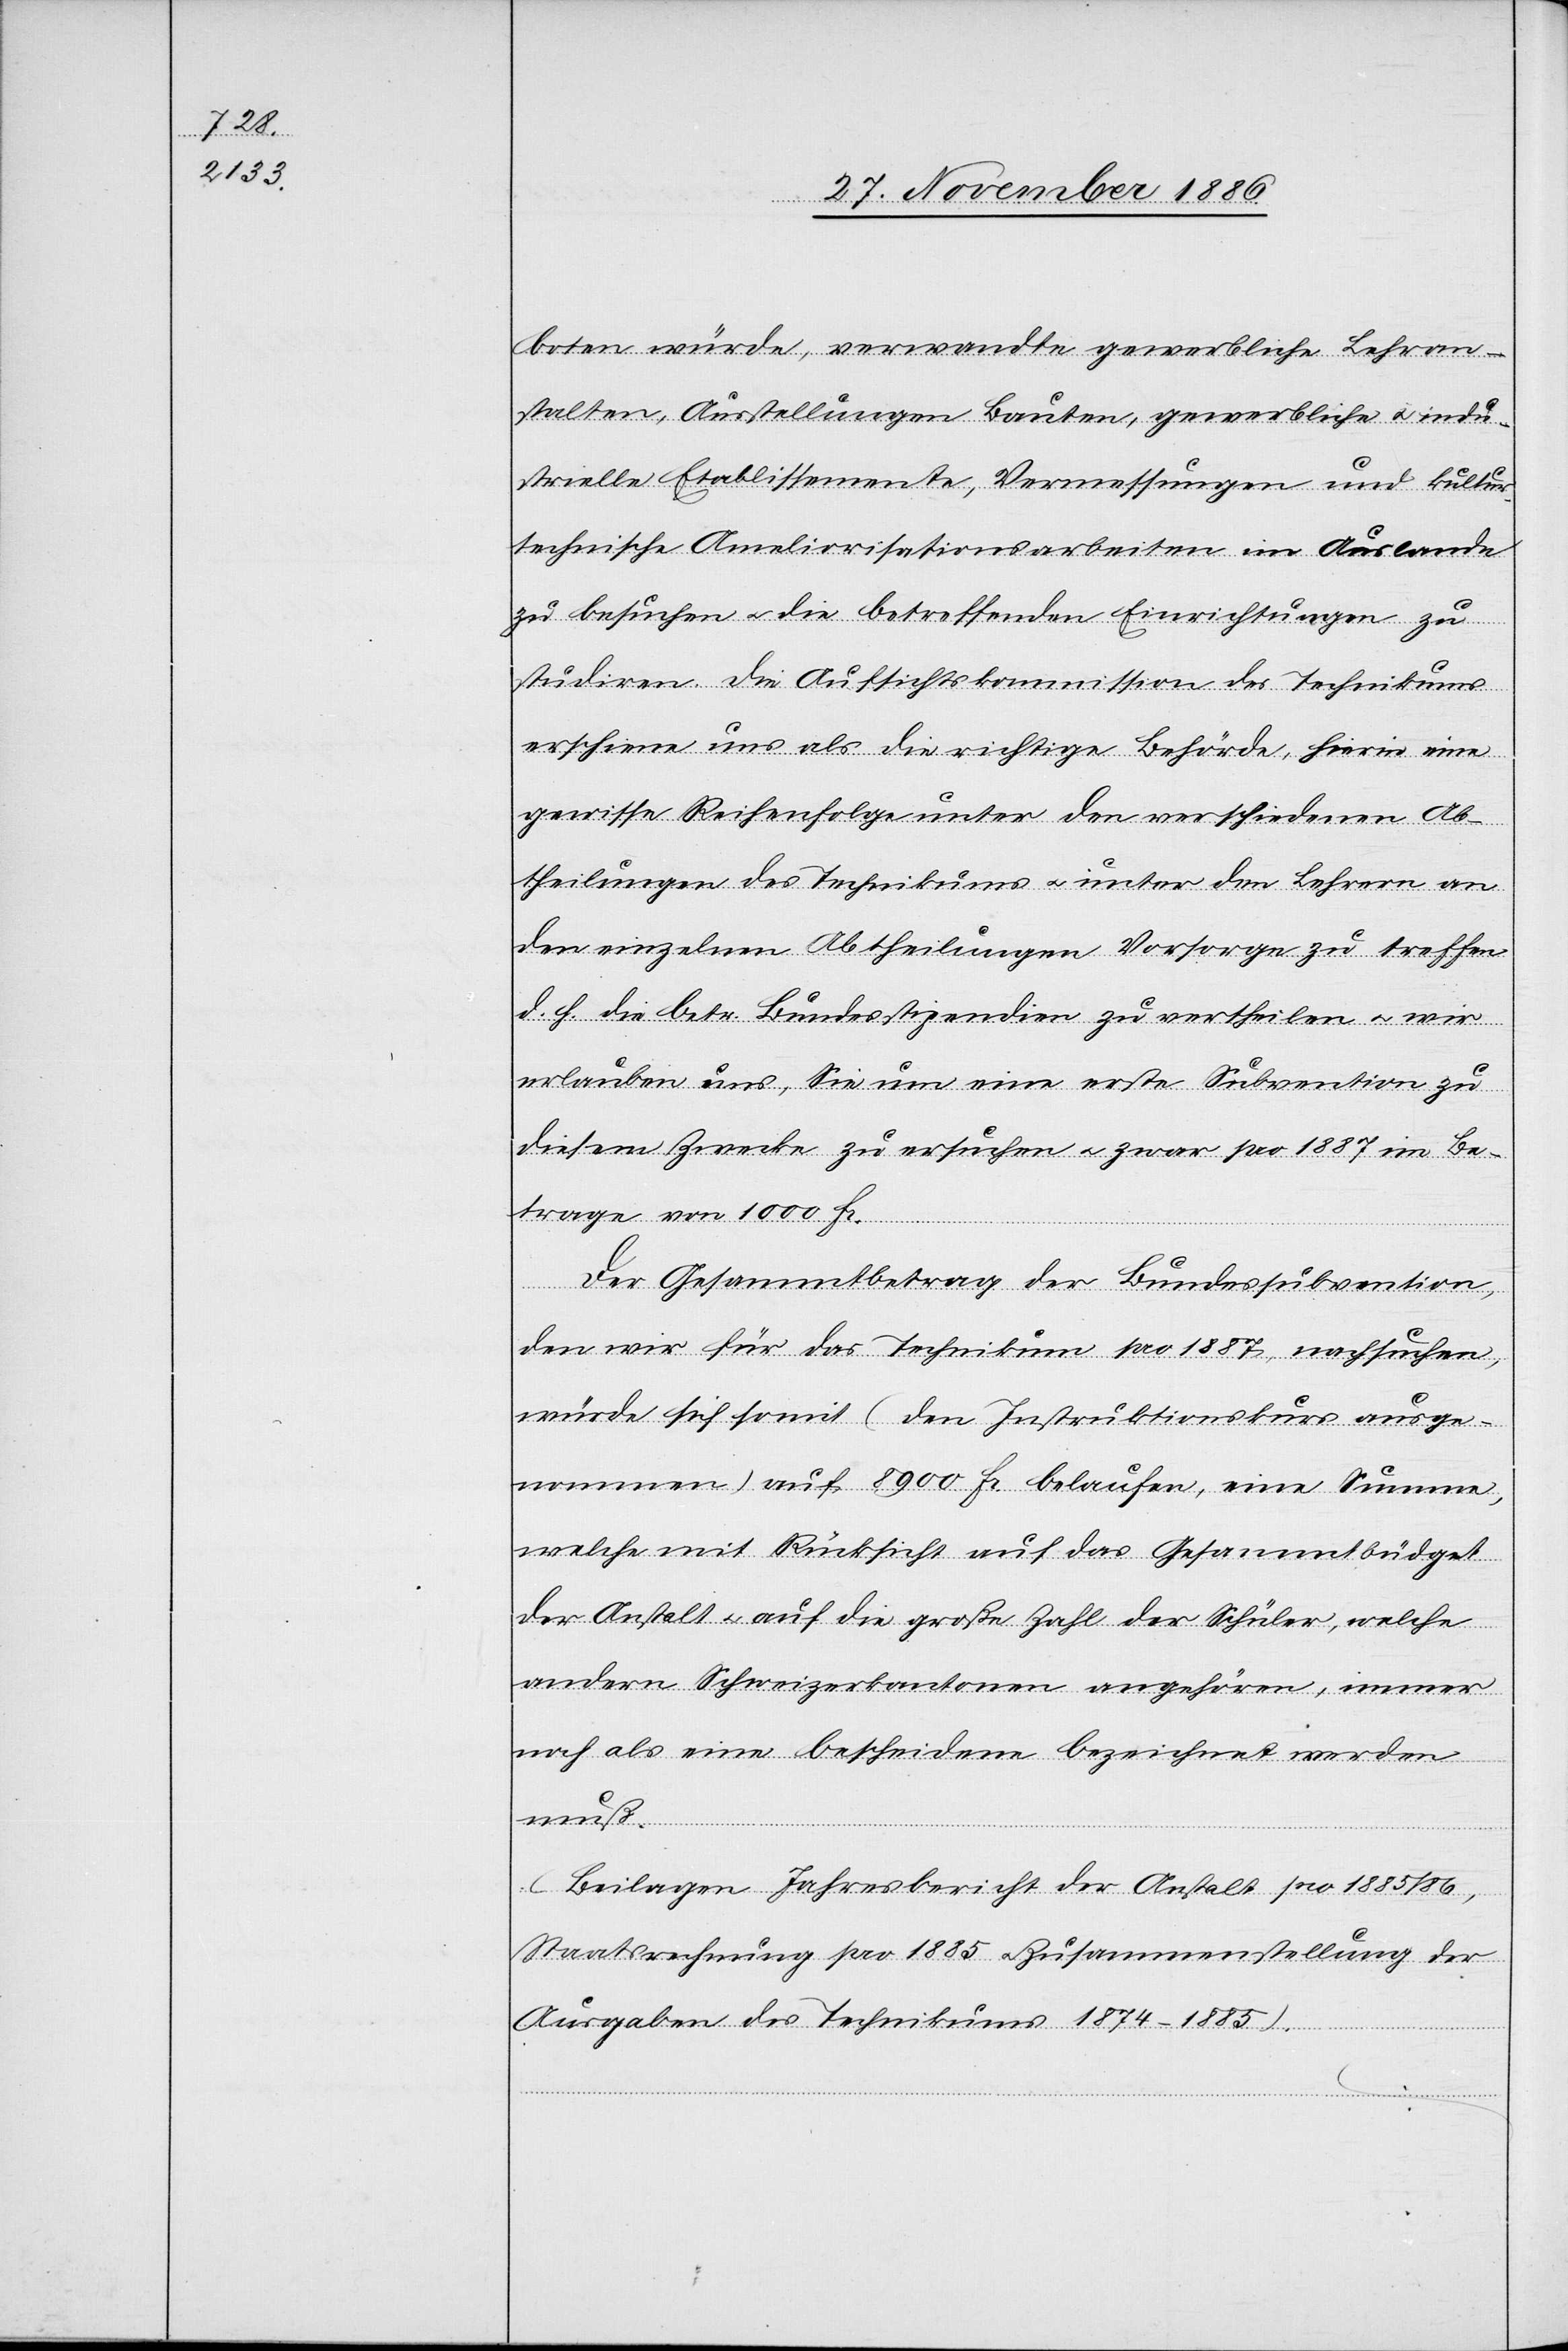
boten würde, verwandte gewerbliche Lehran¬
stalten, Ausstellungen[,] Bauten, gewerbliche & indu¬
strielle Etablissemente, Vermessungen und kultur¬
technische Ameliorisationsarbeiten im Auslande
zu besuchen & die betreffenden Einrichtungen zu
studiren. Die Aufsichtskommission des Technikums
erschiene uns als die richtige Behörde, hierin eine
gewisse Reihenfolge unter den verschiedenen Ab¬
theilungen des Technikums & unter den Lehrern an
den einzelnen Abtheilungen Vorsorge zu treffen
d. h. die betr. Bundesstipendien zu vertheilen & wir
erlauben uns, Sie um eine erste Subvention zu
diesem Zwecke zu ersuchen & zwar pro 1887 im Be¬
trage von 1000 Fr.
Der Gesammtbetrag der Bundessubvention,
den wir für das Technikum pro 1887, nachsuchen,
würde sich somit (den Instruktionskurs ausge¬
nommen) auf 8900 Fr. belaufen, eine Summe,
welche mit Rücksicht auf das Gesammtbüdget
der Anstalt & auf die große Zahl der Schüler, welche
andern Schweizerkantonen angehören, immer
noch als eine bescheidene bezeichnet werden
muß.
(Beilagen Jahresbericht der Anstalt pro 1885/86,
Staatsrechnung pro 1885 & Zusammenstellung der
Ausgaben des Technikums 1874–1885).